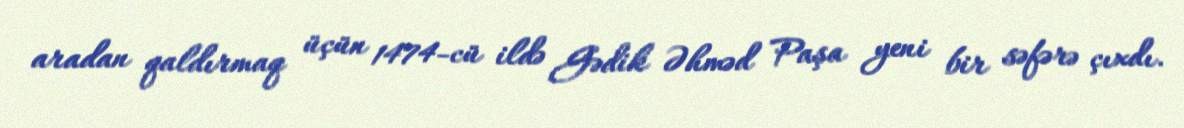
aradan qaldırmaq üçün 1474-cü ildə Gədik Əhməd Paşa yeni bir səfərə çıxdı.